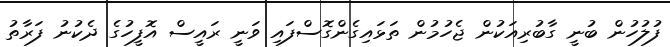
ފުލުހުން ބުނީ ގާބުރިއަކުން ޖެހުމުން ތަޅައިގެންގޮސްފައި ވަނީ ރައީސް އޮފީހުގެ ދެކުނު ފަރާތު